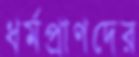
ধর্মপ্রাণদের